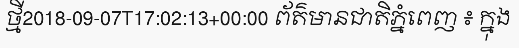
ថ្មី2018-09-07T17:02:13+00:00 ព័ត៌មានជាតិភ្នំពេញ ៖ ក្នុង